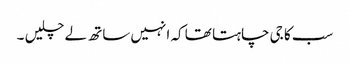
سب کا جی چاہتا تھا کہ انہیں ساتھ لے چلیں ۔